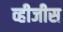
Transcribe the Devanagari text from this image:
व्हीजीस